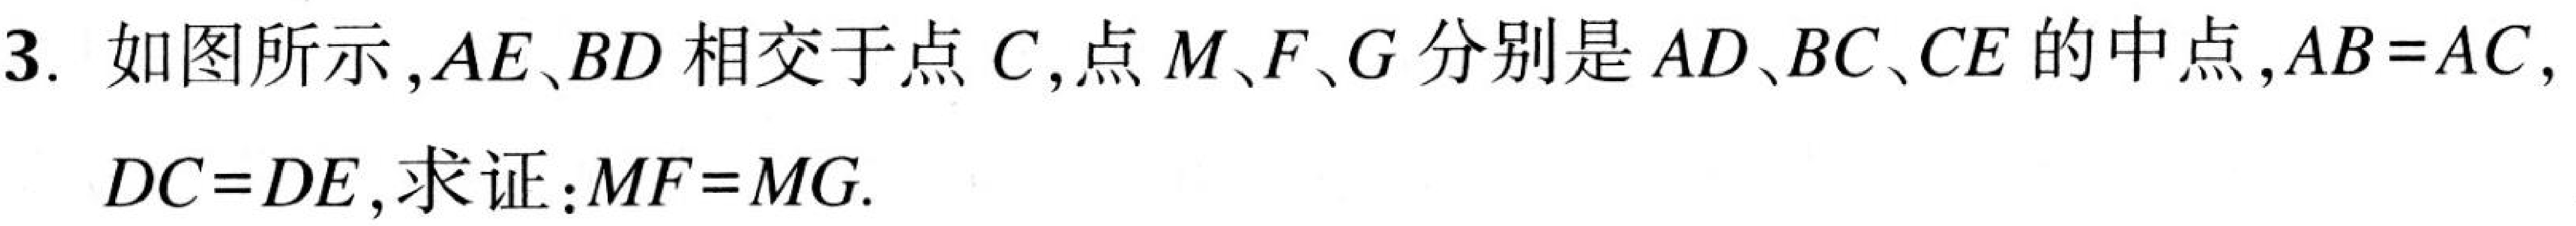
3. 如图所示, \(AE、BD\) 相交于点 \(C\), 点 \(M、F、G\) 分别是 \(AD、BC、CE\) 的中点, \(AB = AC,\)
\(DC = DE\), 求证：\(MF = MG\).